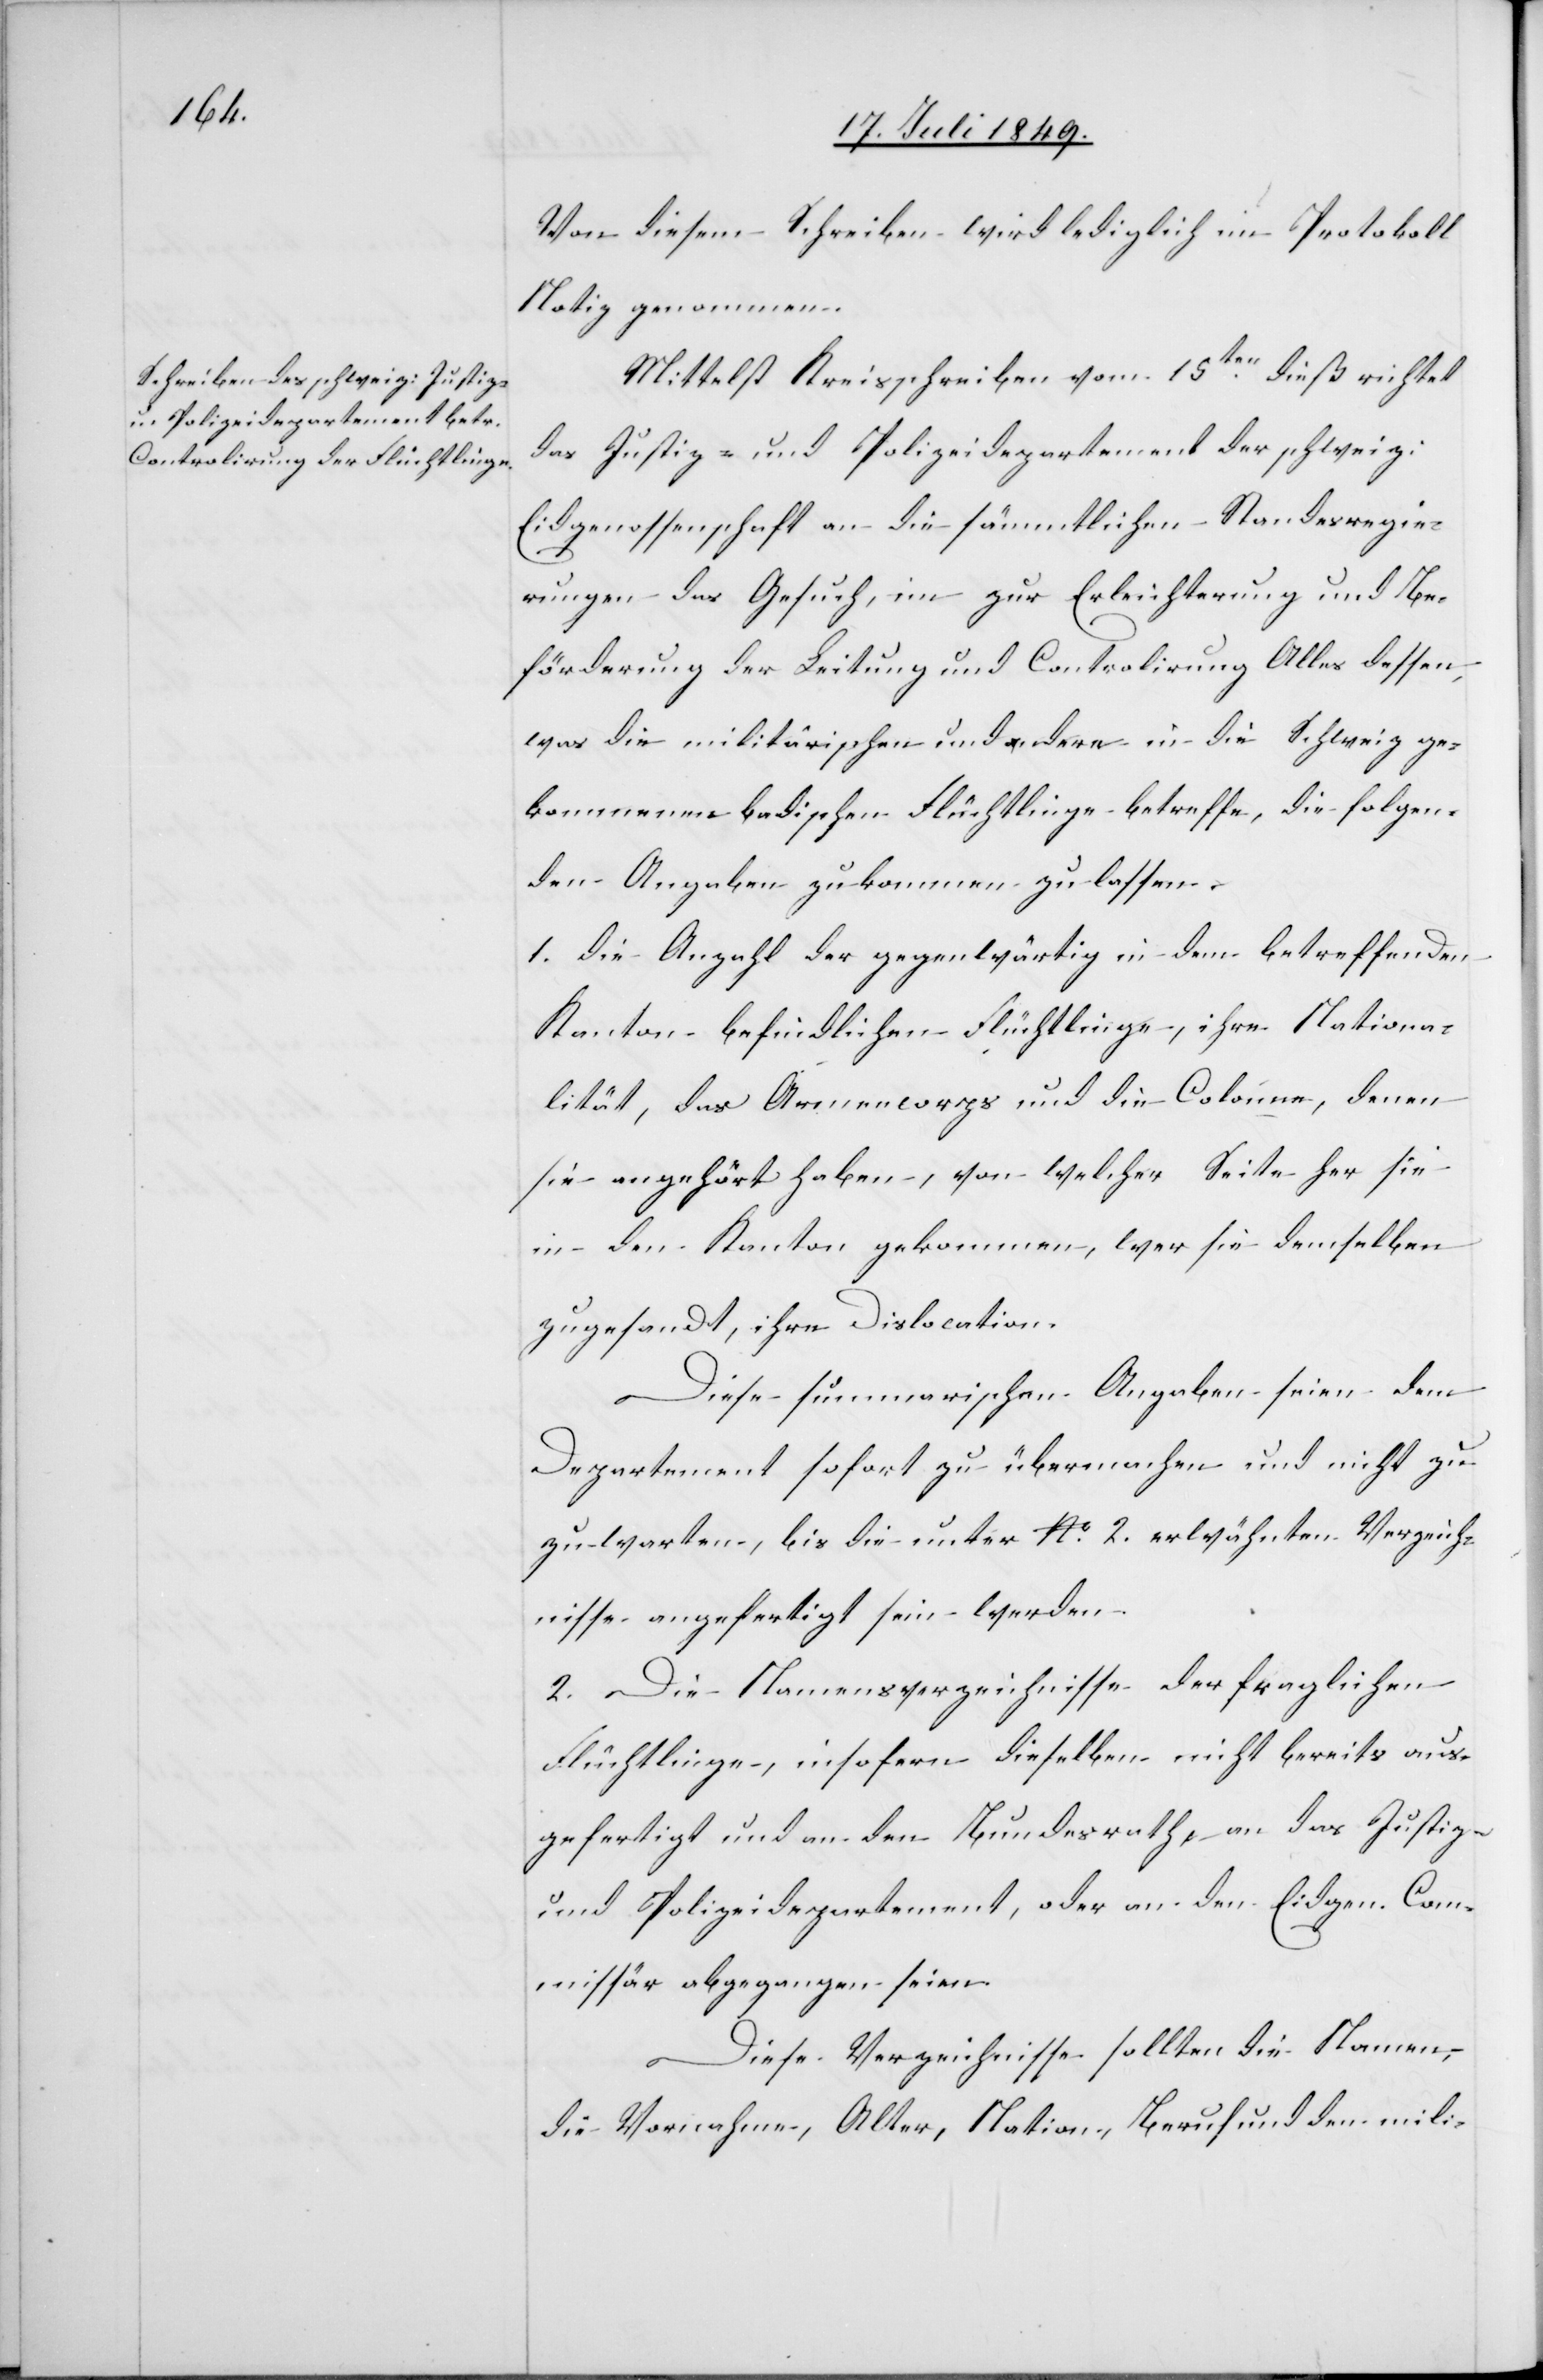
Von diesem Schreiben wird lediglich im Protokoll
Notiz genommen.
Mittelst Kreisschreiben vom 15ten dieß richtet
das Justiz- und Polizeidepartement der schweiz:
Eidgenossenschaft an die sämmtlichen Standesregie¬
rungen das Gesuch, i[h]m zur Erleichterung und Be¬
förderung der Leitung und Controlirung alles dessen
was die militärischen und andere in die Schweiz ge¬
kommenen badischen Flüchtlinge betreffe, die folgen¬
den Angaben zu kommen zu lassen.
1. die Anzahl der gegenwärtig in dem betreffenden
Kanton befindlichen Flüchtlinge, ihre Nationa¬
lität, das Armeecorps und die Colonne, denen
sie angehört haben, von welcher Seite her sie
in den Kanton gekommen, wer sie demselben
zugesandt, ihre Dislocation.
Diese summarischen Angaben seien dem
Departement sofort zu übermachen und nicht zu¬
zuwarten, bis die unter No. 2. erwähnten Verzeich¬
nisse angefertigt sein werden.
2. Die Namensverzeichnisse der fraglichen
Flüchtlinge, insofern dieselben nicht bereits aus¬
gefertigt und an den Bundesrathe[,] an das Justiz-
und Polizeidepartement, oder an den Eidgen. Com¬
missär abgegangen seien.
Diese Verzeichnisse sollten die Namen,
die Vornahme, Alter, Nation, Beruf und den mili-